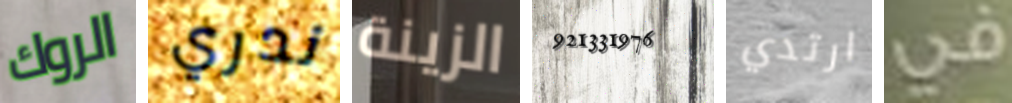
الروك ندري الزينة 921331976 ارتدي في